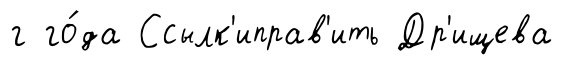
г го́да Ссылк'иправ'ить Др'ищева